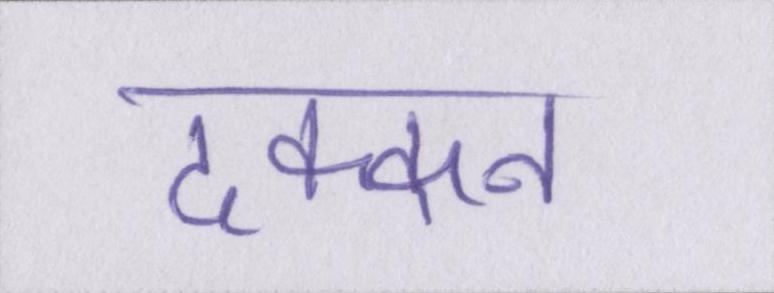
दक्कन